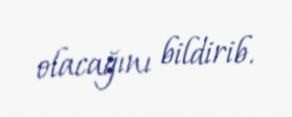
olacağını bildirib.